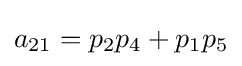
a_{21}=p_{2}p_{4}+p_{1}p_{5}